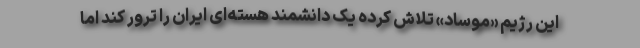
این رژیم «موساد» تلاش کرده یک دانشمند هسته‌ای ایران را ترور کند اما